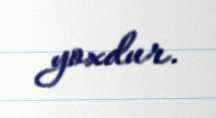
yoxdur.